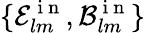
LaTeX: \{ \mathcal{E}_{lm}^{\mathrm{~i~n~}},\mathcal{B}_{lm}^{\mathrm{~i~n~}}\}